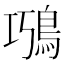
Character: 𩿸